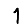
Digit: 1